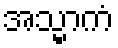
အသ္မာကံ